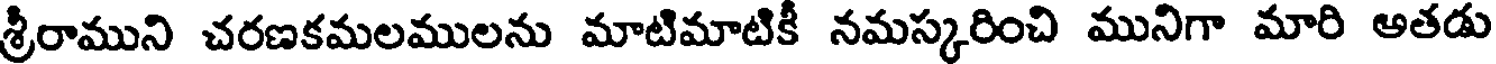
శ్రీరాముని చరణకమలములను మాటిమాటికీ నమస్కరించి మునిగా మారి అతడు